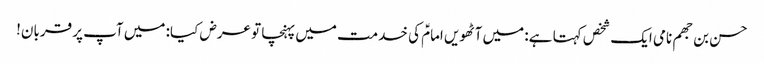
حسن بن جھم نامی ایک شخص کہتا ہے: میں آٹھویں امامؑ کی خدمت میں پہنچا تو عرض کیا: میں آپ پر قربان!